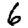
Digit: 6